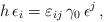
LaTeX: \begin{align*} h \, \epsilon_i = \varepsilon_{ij} \, \gamma_0 \, \epsilon^j \,,\end{align*}